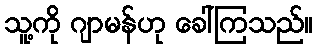
သူ့ကို ဂျာမန်ဟု ခေါ်ကြသည်။